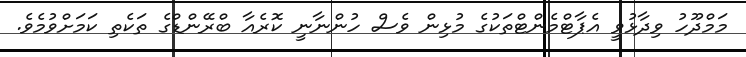
މަމްދޫހު ވިދާޅުވީ އެޕާޓްމެންޓްތަކުގެ މުޅިން ވެސް ހުންނާނީ ކޮރެއާ ބްރޭންޑްގެ ތަކެތި ކަމަށްވުމެވެ.